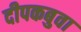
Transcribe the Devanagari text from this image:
दीपकबुवा